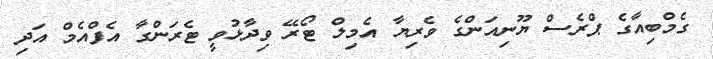
ގެމްބިއާގެ ޕްރެސް ޔޫނިއަންގެ ވެރިޔާ އެމިލް ޓޯރޭ ވިދާޅުވީ ޓެރަންގާ އެފްއެމް އަދި